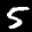
Label: 5